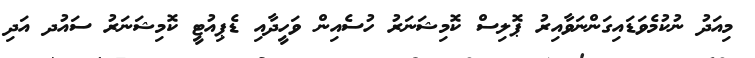
މިއަދު ނުކުމެވަޑައިގަންނަވާއިރު ޕޮލިސް ކޮމިޝަނަރު ހުސެއިން ވަހީދާއި ޑެޕިއުޓީ ކޮމިޝަނަރު ސައުދ އަދި